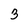
Character: 3